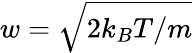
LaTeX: w=\sqrt{2k_{B}T/m}